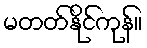
မတတ်နိုင်ကုန်။